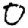
Digit: 0